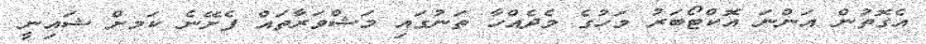
އެގޮތުން އަންނަ އޮކްޓޯބަރު މަހުގެ މެދެއްހާ ތަނުގައި މަޝްވަރާތައް ފެށޭނެ ކަމށް ޝައިނީ